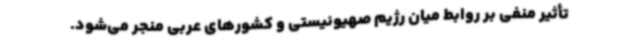
تأثیر منفی بر روابط میان رژیم صهیونیستی و کشورهای عربی منجر می‌شود.